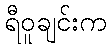
ရီဝူချင်းက